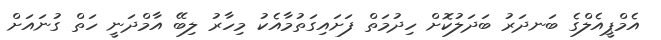
އެމްޕީއެލްގެ ބަނދަރު ބަދަލުކޮށް ހިދުމަތް ފަށައިގަތުމާއެކު މިހާރު ލިބޭ އާމްދަނީ ހަތް ގުނައަށް